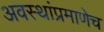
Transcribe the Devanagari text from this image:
अवस्थांप्रमाणेच